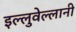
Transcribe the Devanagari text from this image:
इल्लुवेल्लानी